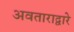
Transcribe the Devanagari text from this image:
अवताराद्वारे